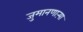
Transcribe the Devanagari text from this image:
जुमानणाऱ्या